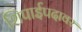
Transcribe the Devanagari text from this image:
शिपाईपदावर